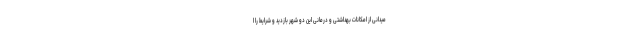
میدانی از امکانات بهداشتی و درمانی این دو شهر بازدید و شرایط را ا